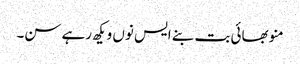
منو بھائی بت بنے ایس نوں ویکھ رہے سن۔